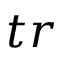
t r